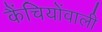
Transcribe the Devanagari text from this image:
कैंचियोंवाली